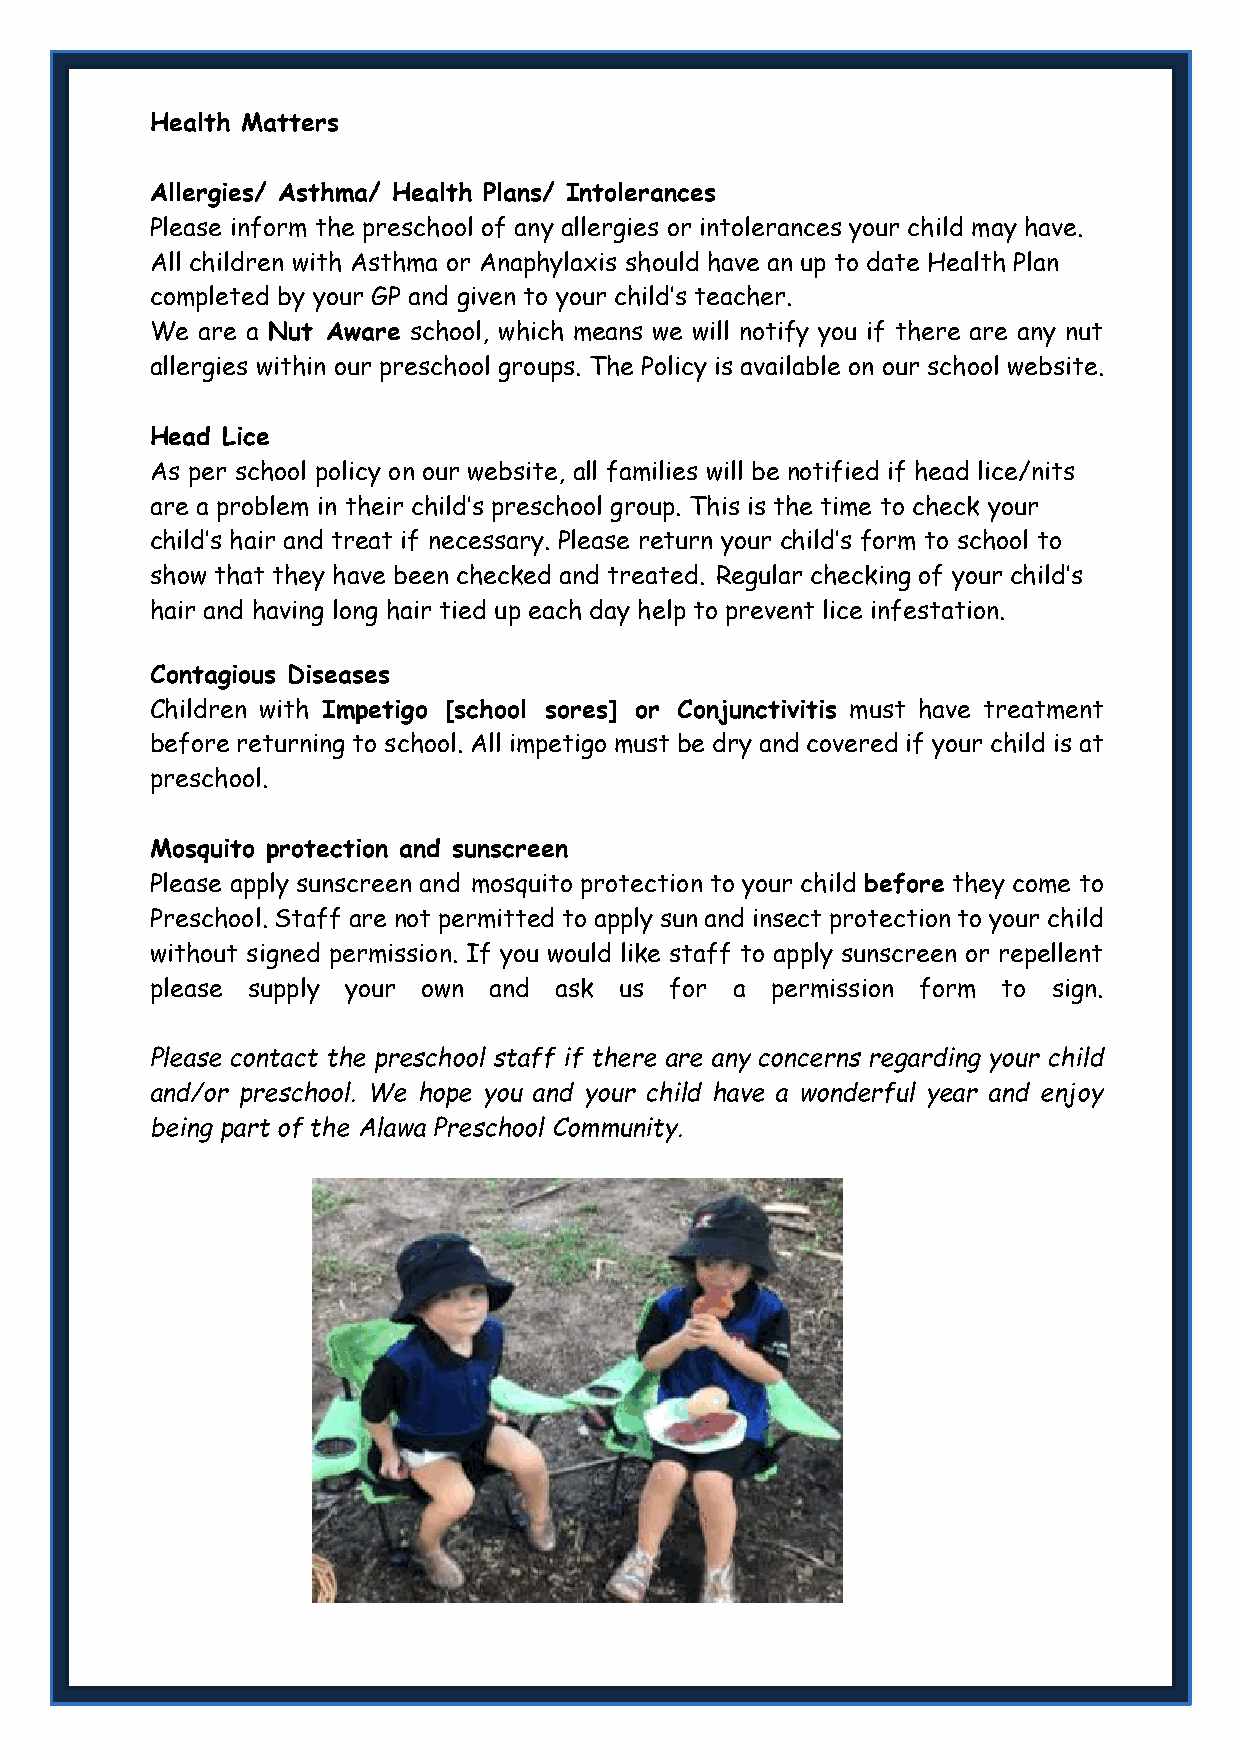
Health Matters
 Allergies/ Asthma/ Health Plans/ Intolerances
 Please inform the preschool of any allergies or intolerances your child may have.
 All children with Asthma or Anaphylaxis should have an up to date Health Plan
 completed by your GP and given to your child’s teacher.
 We are a Nut Aware school, which means we will notify you if there are any nut
 allergies within our preschool groups. The Policy is available on our school website.
 Head Lice
 As per school policy on our website, all families will be notified if head lice/nits
 are a problem in their child’s preschool group. This is the time to check your
 child’s hair and treat if necessary. Please return your child’s form to school to
 show that they have been checked and treated. Regular checking of your child’s
 hair and having long hair tied up each day help to prevent lice infestation.
 Contagious Diseases
 Children with Impetigo [school sores] or Conjunctivitis must have treatment
 before returning to school. All impetigo must be dry and covered if your child is at
 preschool.
 Mosquito protection and sunscreen
 Please apply sunscreen and mosquito protection to your child before they come to
 Preschool. Staff are not permitted to apply sun and insect protection to your child
 without signed permission. If you would like staff to apply sunscreen or repellent
 please supply your own and ask us for a  permission form to sign.
 Please contact the preschool staff if there are any concerns regarding your child
 and/or preschool. We hope you and your child have a wonderful year and enjoy
 being part of the Alawa Preschool Community.